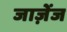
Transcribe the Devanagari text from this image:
जाज़ेंज